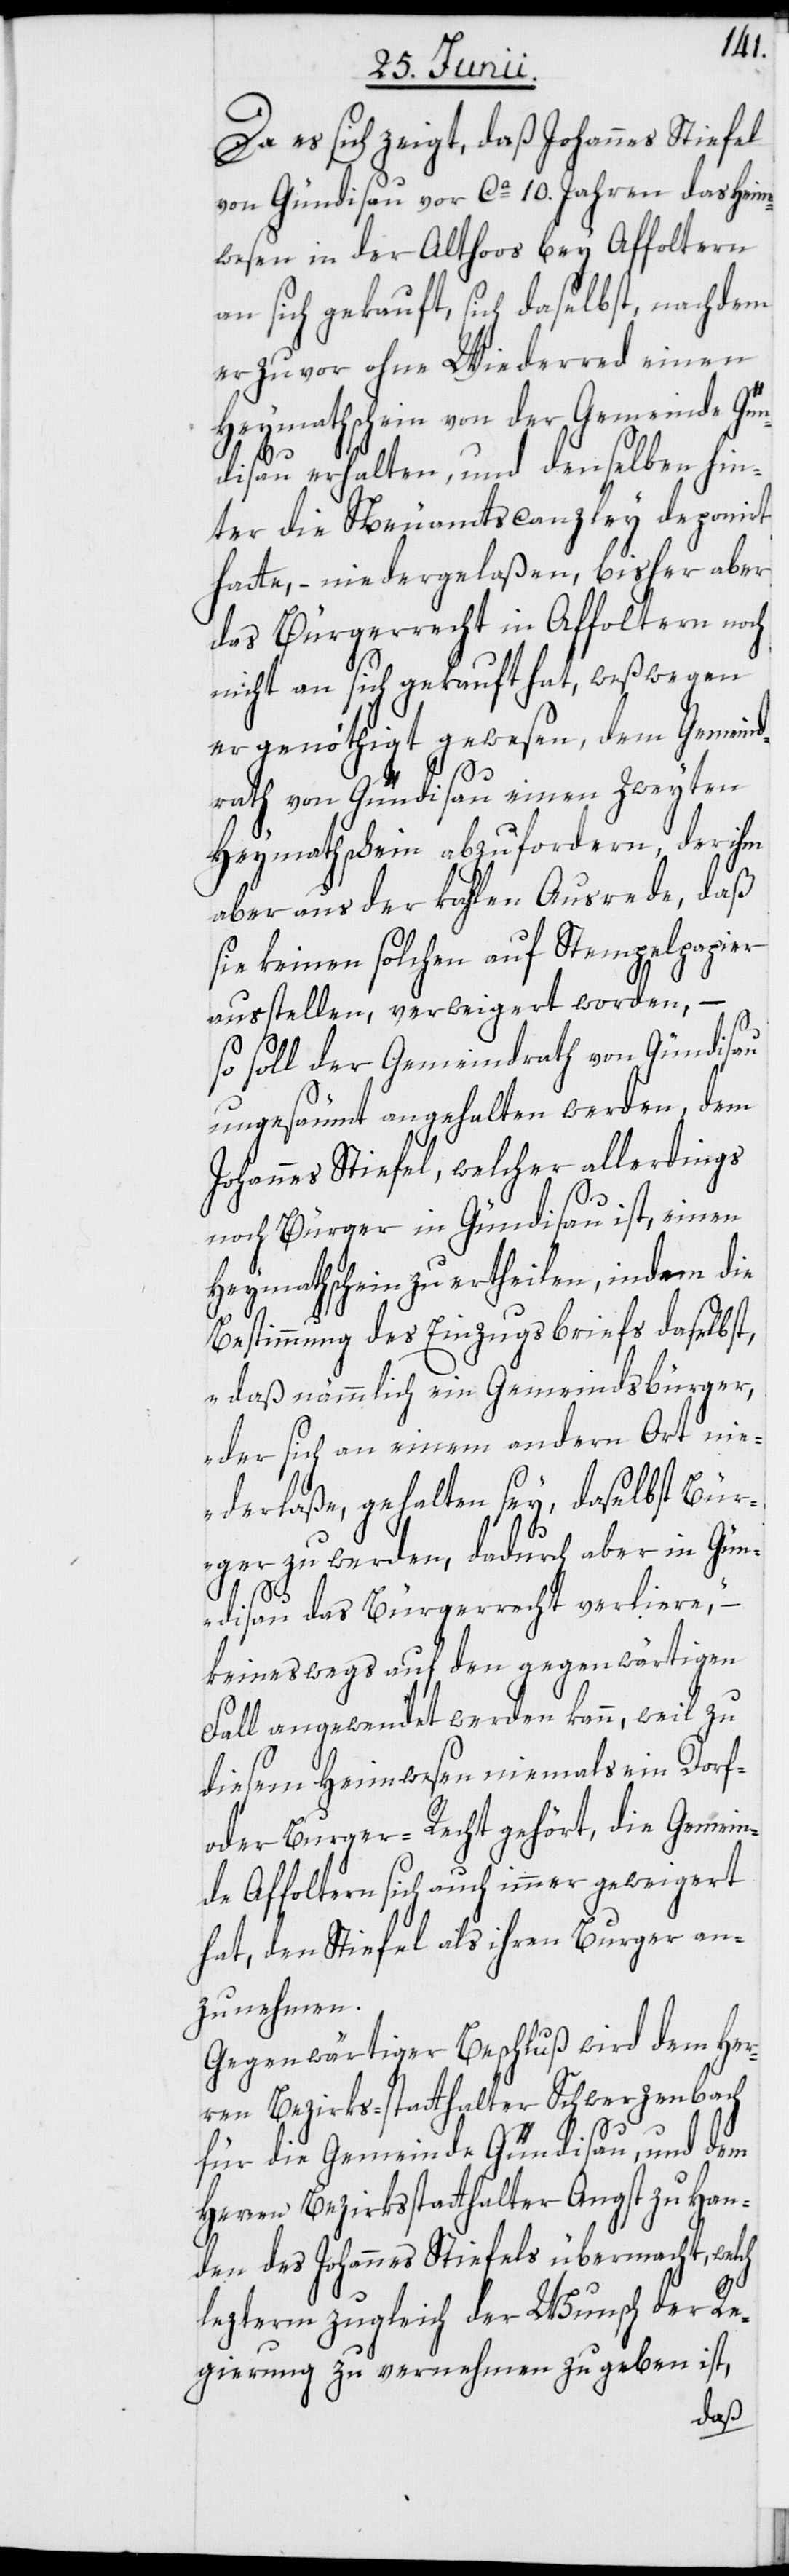
Da es sich zeigt, daß Johannes Stiefel
von Gündisau vor ca 10. Jahren das Heim¬
wesen in der Althoos bey Affoltern
an sich gekauft, sich daselbst, nachdem
er zuvor ohne Wiederred einen
Heymathschein von der Gemeinde Gün¬
disau erhalten, und denselben hin¬
ter die Neuamtscanzley deponirt
hatte, – niedergelaßen, bisher aber
das Bürgerrecht in Affoltern noch
nicht an sich gekauft hat, weßwegen
er genöthigt gewesen, dem Gemeind¬
rath von Gündisau einen zweyten
Heymathschein abzufordern, der ihm
aber aus der kahlen Ausrede, daß
sie keinen solchen auf Stempelpapier
ausstellen, verweigert worden, –
so soll der Gemeindrath von Gündisau
ungesäumt angehalten werden, dem
Johannes Stiefel, welcher allerdings
noch Bürger in Gündisau ist, einen
Heymathschein zu ertheilen, indem die
Bestimmung des Einzugsbriefs daselbst,
„daß nämmlich ein Gemeindsbürger,
der sich an einem andern Ort nie¬
derlaße, gehalten sey, daselbst Bür¬
ger zu werden, dadurch aber in Gün¬
disau das Bürgerrecht verliere,“
keineswegs auf den gegenwärtigen
Fall angewendet werden kann, weil zu
diesem Heimwesen niemals ein Dorf-
oder Burger-Recht gehört, die Gemein¬
de Affoltern sich auch immer geweigert
hat, den Stiefel als ihren Burger an¬
zunehmen.
Gegenwärtiger Beschluß wird dem Her¬
ren Bezirks-statthalter Schwerzenbach
für die Gemeinde Gündisau, und dem
Herren Bezirksstatthalter Angst zu Han¬
den des Johannes Stiefels übermacht, welch
lezterm zugleich der Wunsch der Re¬
gierung zu vernehmen zu geben ist,